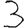
Digit: 3